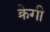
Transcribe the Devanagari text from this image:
क्रेगी